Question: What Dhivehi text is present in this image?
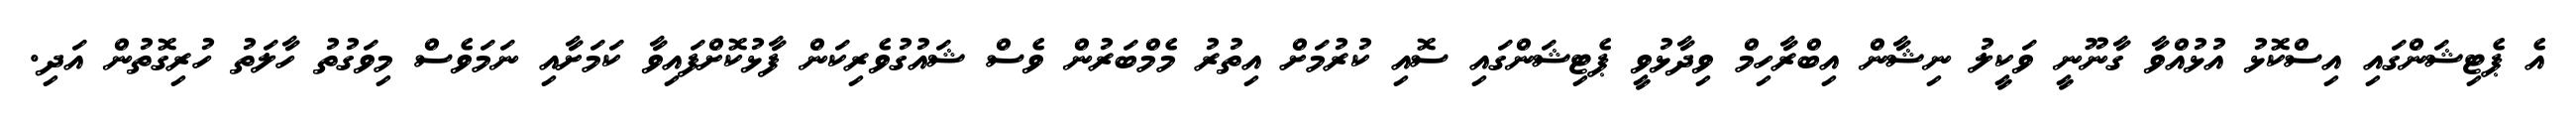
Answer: އެ ޕެޓިޝަންގައި އިސްކޮޅު އުޅުއްވާ ގާނޫނީ ވަކީލު ނިޝާން އިބްރާހިމް ވިދާޅުވީ ޕެޓިޝަންގައި ސޮއި ކުރުމަށް އިތުރު މެމްބަރުން ވެސް ޝައުގުވެރިކަން ފާޅުކޮށްފައިވާ ކަމަށާއި ނަމަވެސް މިވަގުތު ހާލަތު ހުރިގޮތުން އަދި.